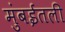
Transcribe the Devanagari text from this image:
मुंबईतली